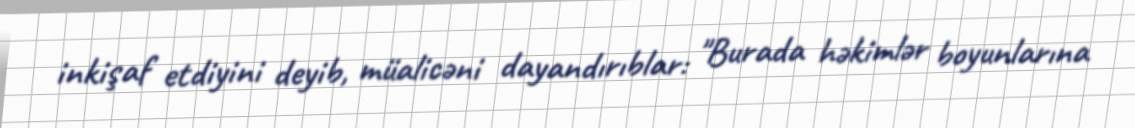
inkişaf etdiyini deyib, müalicəni dayandırıblar: "Burada həkimlər boyunlarına